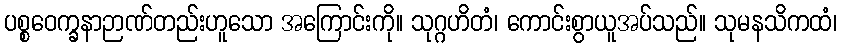
ပစ္စဝေက္ခနာဉာဏ်တည်းဟူသော အကြောင်းကို။ သုဂ္ဂဟိတံ၊ ကောင်းစွာယူအပ်သည်။ သုမနသိကထံ၊